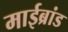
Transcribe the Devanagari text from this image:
माईब्रांड